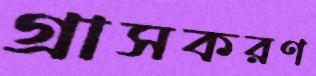
গ্রাসকরণ